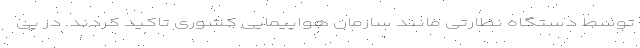
توسط دستگاه نظارتی مانند سازمان هواپیمایی کشوری تاکید کردند. در پی